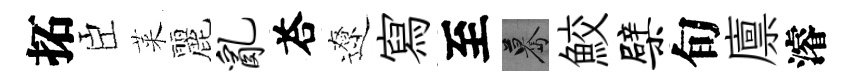
拓臣萊麗乱荅遼寫至驀鮫檗旬廪濬